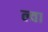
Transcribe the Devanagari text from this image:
ल्वा